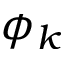
\phi _ { k }